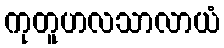
ကုတူဟလသာလာယံ